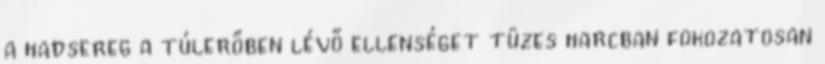
a hadsereg a túlerőben lévő ellenséget tüzes harcban fokozatosan